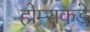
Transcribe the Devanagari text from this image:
होम्सकडे